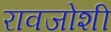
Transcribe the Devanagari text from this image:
रावजोशी